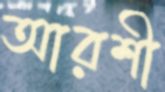
আরশী